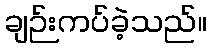
ချဉ်းကပ်ခဲ့သည်။